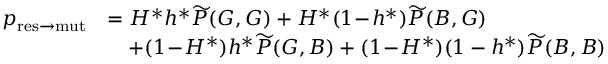
\begin{array} { r l } { p _ { \mathrm { r e s \to m u t } } } & { = H ^ { \ast } h ^ { \ast } \widetilde { P } ( G , G ) + H ^ { \ast } ( 1 \! - \! h ^ { \ast } ) \widetilde { P } ( B , G ) } \\ & { \quad + ( 1 \! - \! H ^ { \ast } ) h ^ { \ast } \widetilde { P } ( G , B ) + ( 1 \! - \! H ^ { \ast } ) ( 1 - h ^ { \ast } ) \widetilde { P } ( B , B ) } \end{array}